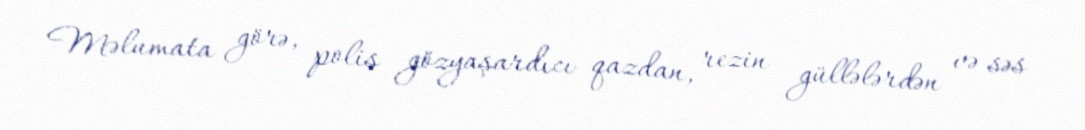
Məlumata görə, polis gözyaşardıcı qazdan, rezin güllələrdən və səs